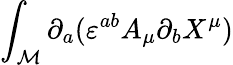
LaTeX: \int_{\cal M}\partial_{a}(\varepsilon^{ab}A_{\mu}\partial_{b}X^{\mu})